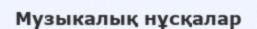
Музыкалық нұсқалар